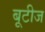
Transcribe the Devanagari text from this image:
बूटीज